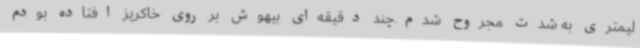
لیمتری به شدت مجروح شدم.چند دقیقه‌ای بیهوش بر روی خاکریز افتاده بودم